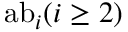
{ \mathrm { a b } } _ { i } ( i \geq 2 )